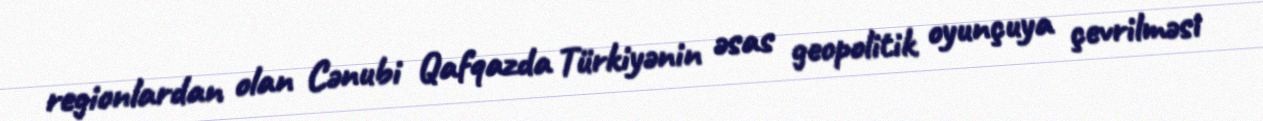
regionlardan olan Cənubi Qafqazda Türkiyənin əsas geopolitik oyunçuya çevrilməsi